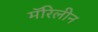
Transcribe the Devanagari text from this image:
मॅरिलीन